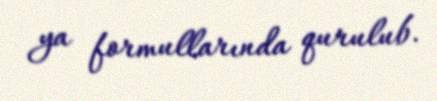
ya formullarında qurulub.